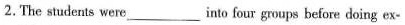
2.The students were_into four groups before doing ex-